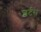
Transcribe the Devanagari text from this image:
शर्टस